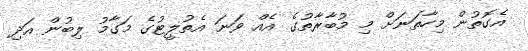
އެގޮތުން މިހާތަނަށް މި މުބާރާތުގެ އެއް ވަނަ އެތުލީޓުގެ މަގާމު ލިބުން އަދި